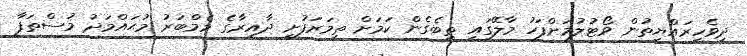
ދިވެހިރައްޔިތުން ވޯޓުލުމަށްފަހު މާލޭގައި ތިބެގެން ކަމަށް ތިމަރަފުށީ ދާއިރާގެ މެމްބަރު މުޙައްމަދު މުސްތަފާ